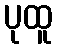
ပုထူ